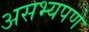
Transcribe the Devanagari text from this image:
असभ्यपणे